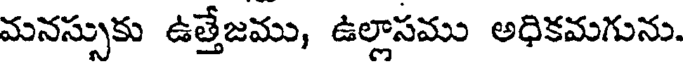
మనస్సుకు ఉత్తేజము, ఉల్లాసము అధికమగును.